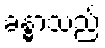
ခန္ဓာသည်